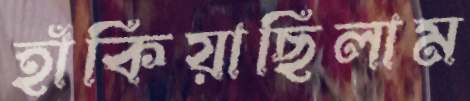
হাঁকিয়াছিলাম